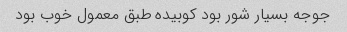
جوجه بسیار شور بود کوبیده طبق معمول خوب بود